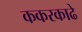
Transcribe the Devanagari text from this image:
ककरकाढे